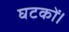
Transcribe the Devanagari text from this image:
घटकों।